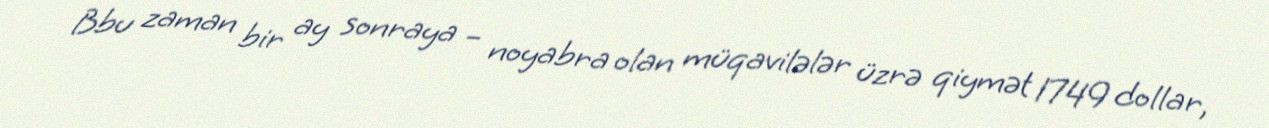
Bbu zaman bir ay sonraya – noyabra olan müqavilələr üzrə qiymət 1749 dollar,